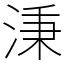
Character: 𣶸